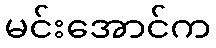
မင်းအောင်က